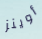
أوينز